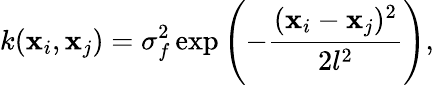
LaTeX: k(\mathbf{x}_{i},\mathbf{x}_{j})=\sigma_{f}^{2}\exp\left(-\frac{(\mathbf{x}_{i}-\mathbf{x}_{j})^{2}}{2l^{2}}\right),